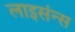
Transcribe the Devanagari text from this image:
लाइसंन्स